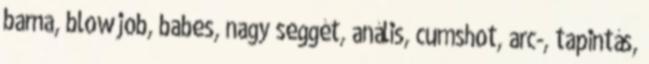
barna, blowjob, babes, nagy seggét, anális, cumshot, arc-, tapintás,